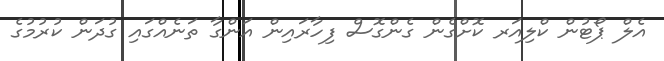
އެލް ޕޯޓުން ކްލިއަރ ކޮށްގެން ގެންގޮސް ފިހާރައިން އަންގާ ތަނެއްގައި ގުދަން ކުރުމުގެ